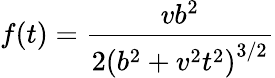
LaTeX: f(t)=\frac{vb^{2}}{2\left(b^{2}+v^{2}t^{2}\right)^{3/2}}